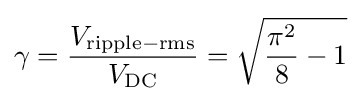
\gamma ={\frac {V_{\mathrm {ripple-rms} }}{V_{\mathrm {DC} }}}={\sqrt {{\frac {\pi ^{2}}{8}}-1}}